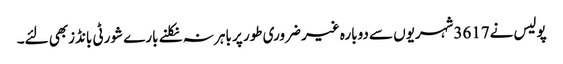
پولیس نے3617شہریوں سے دوبارہ غیر ضروری طور پر باہر نہ نکلنے بارے شورٹی بانڈزبھی لئے۔